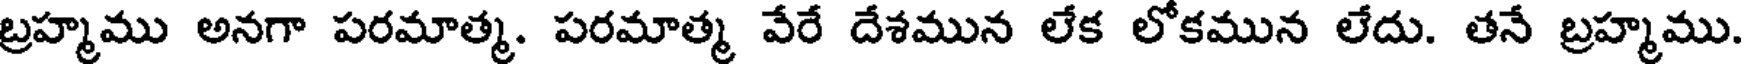
బ్రహ్మము అనగా పరమాత్మ. పరమాత్మ వేరే దేశమున లేక లోకమున లేదు. తనే బ్రహ్మము.